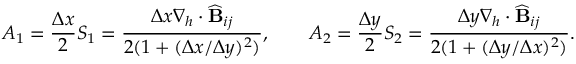
A _ { 1 } = \frac { \Delta x } { 2 } S _ { 1 } = \frac { \Delta x \nabla _ { h } \cdot \widehat { \mathbf { B } } _ { i j } } { 2 ( 1 + ( \Delta x / \Delta y ) ^ { 2 } ) } , \qquad A _ { 2 } = \frac { \Delta y } { 2 } S _ { 2 } = \frac { \Delta y \nabla _ { h } \cdot \widehat { \mathbf { B } } _ { i j } } { 2 ( 1 + ( \Delta y / \Delta x ) ^ { 2 } ) } .